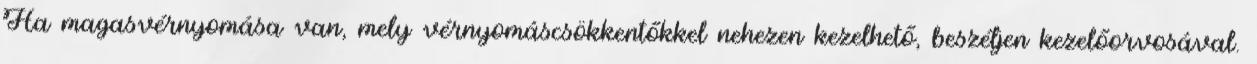
Ha magasvérnyomása van, mely vérnyomáscsökkentőkkel nehezen kezelhető, beszéljen kezelőorvosával.